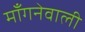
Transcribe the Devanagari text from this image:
माँगनेवाली